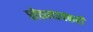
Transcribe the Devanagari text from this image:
धोकादायकही